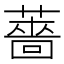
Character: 薔